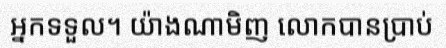
អ្នកទទួល។ យ៉ាងណាមិញ លោកបានប្រាប់